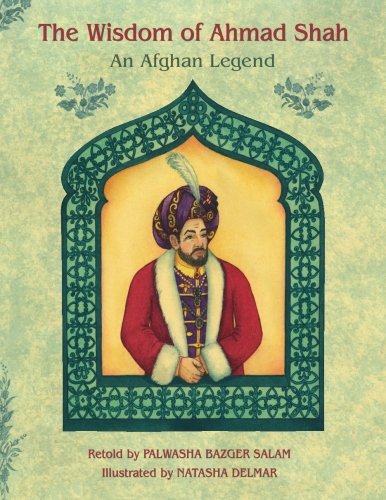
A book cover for The Wisdom of Ahmad Shah: An Afghan Legend; Palwasha Bazger Salam; Children's Books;